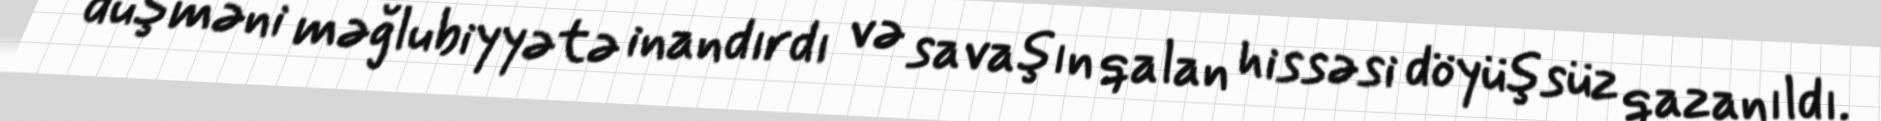
düşməni məğlubiyyətə inandırdı və savaşın qalan hissəsi döyüşsüz qazanıldı.